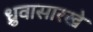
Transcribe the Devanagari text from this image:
ध्रुवासारखे